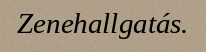
Zenehallgatás.